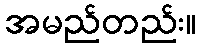
အမည်တည်း။